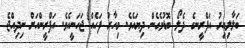
ބަލާލިއިރު އަފްރީނގެ ދެލޯ ބޮޑުވެގެން ދިޔައެވެ. މިހާރު ފަހެއް ޖަހަނީއެވެ. އަފްރީންއަށް ނިދިއްޖެ